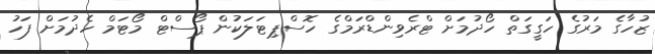
ޒުހާގެ މަރުގެ ހަގީގަތް ހޯދުމަށް ޓްރެވިންޑްރަމްގެ ހޮސްޕިޓަލަކުން ޕޯސްޓް މޯޓަމް ހެދުމަށް ފަހު